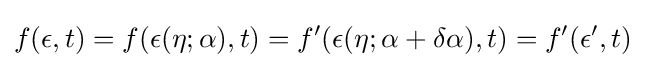
f(\epsilon ,t)=f(\epsilon (\eta ;\alpha ),t)=f'(\epsilon (\eta ;\alpha +\delta \alpha ),t)=f'(\epsilon ',t)